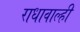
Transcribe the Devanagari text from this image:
राधावाल्ही